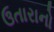
ઉતારાનો